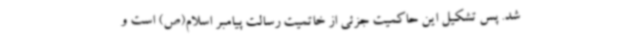
شد. پس تشکیل این حاکمیت جزئی از خاتمیت رسالت پیامبر اسلام(ص) است و